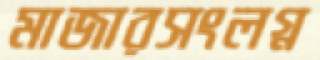
মাজারসংলগ্ন